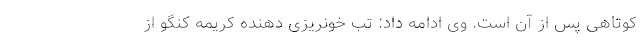
کوتاهی پس از آن است. وی ادامه داد: تب خونریزی دهنده کریمه کنگو از